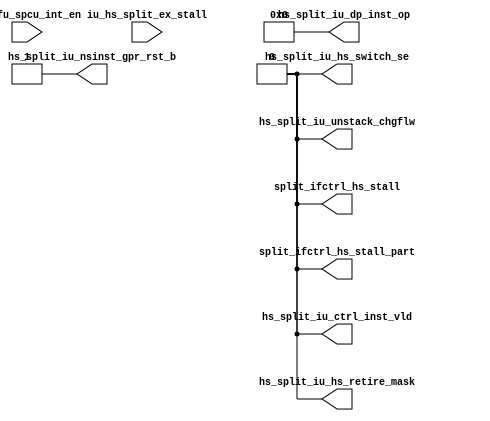
/*Copyright 2018-2021 T-Head Semiconductor Co., Ltd.

Licensed under the Apache License, Version 2.0 (the "License");
you may not use this file except in compliance with the License.
You may obtain a copy of the License at

    http://www.apache.org/licenses/LICENSE-2.0

Unless required by applicable law or agreed to in writing, software
distributed under the License is distributed on an "AS IS" BASIS,
WITHOUT WARRANTIES OR CONDITIONS OF ANY KIND, either express or implied.
See the License for the specific language governing permissions and
limitations under the License.
*/

// &ModuleBeg; @22
module cr_iu_hs_split(
  hs_split_iu_ctrl_inst_vld,
  hs_split_iu_dp_inst_op,
  hs_split_iu_hs_retire_mask,
  hs_split_iu_hs_switch_se,
  hs_split_iu_nsinst_gpr_rst_b,
  hs_split_iu_unstack_chgflw,
  iu_hs_split_ex_stall,
  iu_ifu_spcu_int_en,
  split_ifctrl_hs_stall,
  split_ifctrl_hs_stall_part
);

// &Ports; @23
input           iu_hs_split_ex_stall;        
input           iu_ifu_spcu_int_en;          
output          hs_split_iu_ctrl_inst_vld;   
output  [31:0]  hs_split_iu_dp_inst_op;      
output          hs_split_iu_hs_retire_mask;  
output          hs_split_iu_hs_switch_se;    
output          hs_split_iu_nsinst_gpr_rst_b; 
output          hs_split_iu_unstack_chgflw;  
output          split_ifctrl_hs_stall;       
output          split_ifctrl_hs_stall_part;  

// &Regs; @24

// &Wires; @25
wire            hs_split_iu_ctrl_inst_vld;   
wire    [31:0]  hs_split_iu_dp_inst_op;      
wire            hs_split_iu_hs_retire_mask;  
wire            hs_split_iu_hs_switch_se;    
wire            hs_split_iu_nsinst_gpr_rst_b; 
wire            hs_split_iu_unstack_chgflw;  
wire            split_ifctrl_hs_stall;       
wire            split_ifctrl_hs_stall_part;  


//==============================================================================
//                      input value when no configuration
//==============================================================================
// &Force("output","split_ifctrl_hs_stall"); @30
// &Force("input","iu_ifu_spcu_int_en"); @31
// &Instance("gated_clk_cell", "x_split_cnt_upd_clkhdr"); @36
// &Connect(.clk_in(forever_cpuclk), @37
//          .external_en(1'b0), @38
//          .global_en(cp0_yy_clk_en), @39
//          .module_en(1'b0), @40
//          .local_en(split_cnt_upd_en), @41
//          .clk_out(split_cnt_upd_clk) @42
//         ); @43
// &Instance("gated_clk_cell", "x_sm_upd_clkhdr"); @46
// &Connect(.clk_in(forever_cpuclk), @47
//          .external_en(1'b0), @48
//          .global_en(cp0_yy_clk_en), @49
//          .module_en(1'b0), @50
//          .local_en(sm_upd_en), @51
//          .clk_out(sm_upd_clk) @52
//         ); @53
// &CombBeg; @156
// &CombEnd; @263
// &CombBeg; @363
// &CombEnd; @371
assign hs_split_iu_nsinst_gpr_rst_b = 1'b1; 
assign hs_split_iu_hs_retire_mask   = 1'b0; 
assign hs_split_iu_unstack_chgflw   = 1'b0;
assign hs_split_iu_hs_switch_se     = 1'b0;
assign split_ifctrl_hs_stall_part   = 1'b0;
assign split_ifctrl_hs_stall        = 1'b0;
assign hs_split_iu_ctrl_inst_vld    = 1'b0;
//assign hs_split_iu_ex_cr_oper       = 1'b0;
//assign hs_split_iu_hs_retire_mask   = 1'b0;
assign hs_split_iu_dp_inst_op[31:0] = 32'b0;
// &Force("input","iu_hs_split_ex_stall"); @417
// 1. check fail, stall ibuf
// 2. speculation fail, stall ibuf
//assign split_ifctrl_int_acc_stall = int_spcu_check_fail 
//                                 || iu_ifu_spcu_error_without_misalign 
//                                    && int_spcu_sm_not_idle; 

//==========================================================
//               Interface to IF Data Path
//==========================================================
//the data path signal
// &ModuleEnd; @429
endmodule